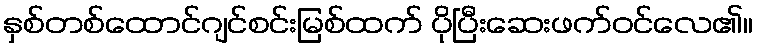
နှစ်တစ်ထောင်ဂျင်စင်းမြစ်ထက် ပိုပြီးဆေးဖက်ဝင်လေ၏။